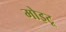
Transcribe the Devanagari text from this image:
मोइटू